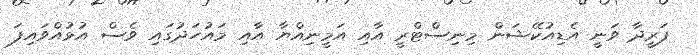
ފަރީދާ ވަނީ އެޑިއުކޭޝަން މިނިސްޓްރީ އާއި އަމީނިއްޔާ އާއި މައުހަދުގައި ވެސް އުޅުއްވައިފަ